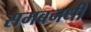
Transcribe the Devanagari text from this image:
समबनधी